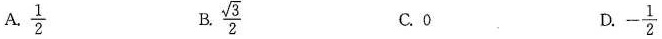
A.\frac{1}{2} B.\frac{ \sqrt{3}}{2} C.0 D. - \frac{1}{2}